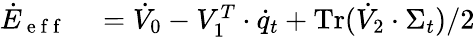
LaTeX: \begin{array}{rl}{\dot{E}_{\mathrm{~e~f~f~}}}&{{}=\dot{V}_{0}-V_{1}^{T}\cdot\dot{q}_{t}+\operatorname{Tr}(\dot{V}_{2}\cdot\Sigma_{t})/2}\end{array}